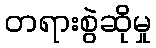
တရားစွဲဆိုမှု